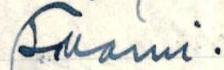
Suomi.